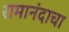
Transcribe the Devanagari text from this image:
रामानंदाचा